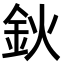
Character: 鈥